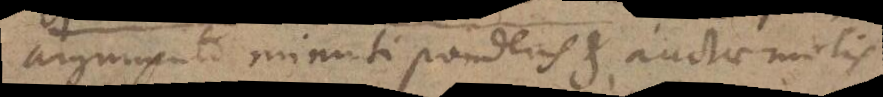
argumento minuti ponderis et auctae molis.